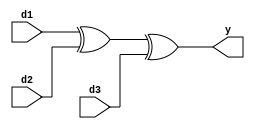

`timescale 1ns / 1ps
//////////////////////////////////////////////////////////////////////////////////
// Company: 
// Engineer: 
// 
// Design Name: 
// Module Name: three_dice
// Project Name: 
// Target Devices: 
// Tool Versions: 
// Description: 
// 
// Dependencies: 
// 
// Revision:
// Revision 0.01 - File Created
// Additional Comments:
// 
//////////////////////////////////////////////////////////////////////////////////


module three_dice(
    output y,
    input d1,
    input d2,
    input d3
    );
    
    assign y=d1^d2^d3;
    
endmodule